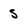
Character: 5